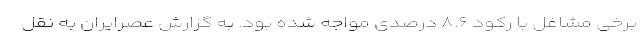
برخی مشاغل با رکود ۸.۶ درصدی مواجه شده بود. به گزارش عصرایران به نقل